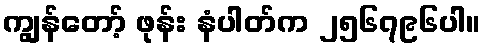
ကျွန်တော့် ဖုန်း နံပါတ်က ၂၅၆၇၉၆ပါ။